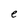
Character: e